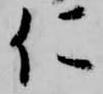
仁